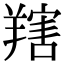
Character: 𦎱